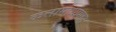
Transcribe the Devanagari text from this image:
कलामाध्यमात